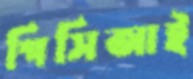
পিসিআই